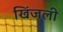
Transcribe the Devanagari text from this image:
खिंजली